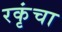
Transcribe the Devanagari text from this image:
रकृंचा